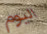
اليوم